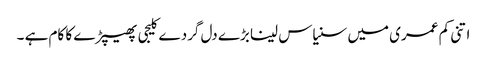
اتنی کم عمری میں سنیاس لینا بڑے دل گردے کلیجی پھیپڑے کا کام ہے ۔